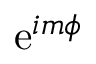
\mathrm { e } ^ { i m \phi }